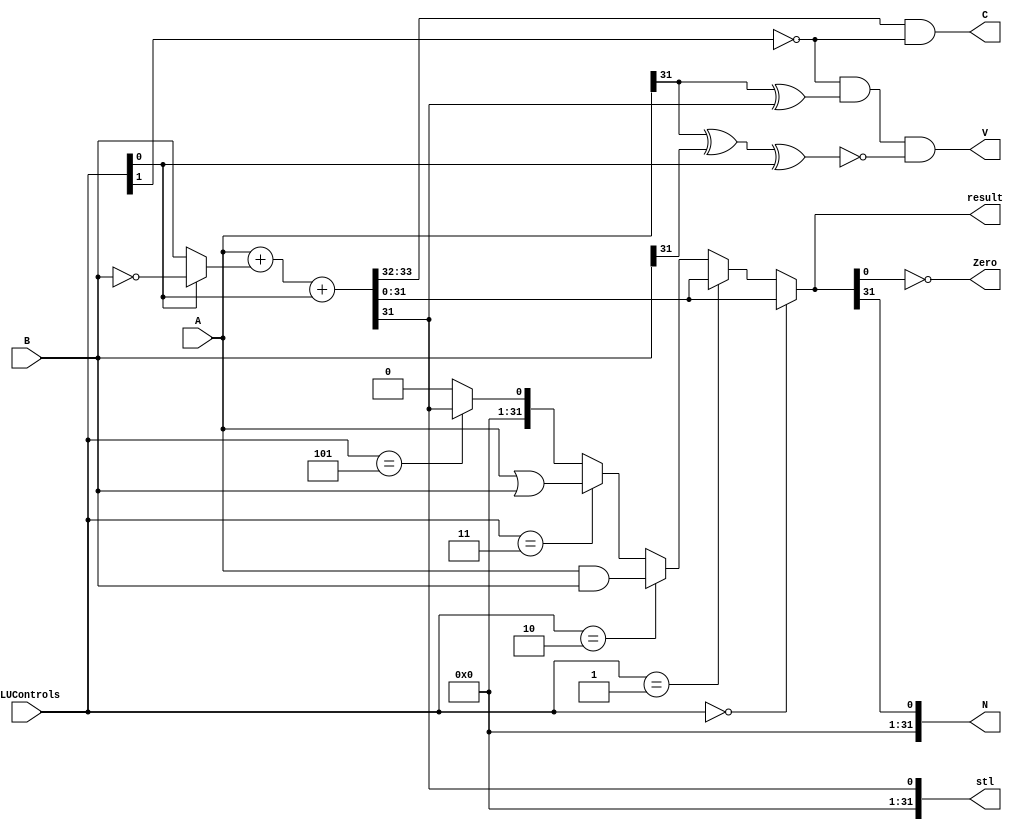
`timescale 1ns / 1ps
//////////////////////////////////////////////////////////////////////////////////
// Company: 
// Engineer: 
// 
// Design Name: 
// Module Name: ALU_8
// Project Name: 
// Target Devices: 
// Tool Versions: 
// Description: 
// 
// Dependencies: 
// 
// Revision:
// Revision 0.01 - File Created
// Additional Comments:
// 
//////////////////////////////////////////////////////////////////////////////////


module ALU_8(A,B,ALUControls,result,Zero,N,C,V,stl);

///32-bit input for ALU////
input [31:0] A,B;
///3-bit opcode to perform 8 different functions in 8-bit  ALU////
input [2:0] ALUControls;
output Zero;
///declaring outputs///
output [31:0] result,  N, C, V, stl;

/// declaring wires////
wire [31:0] a_and_b;
wire [31:0] a_or_b;
wire [31:0] not_b;
wire [31:0] mux_1;
wire [31:0] sum;
wire [31:0] mux_2;
wire [31:0] cout;
/////////Logic Design/////////

////And operation
assign a_and_b = A & B;

///Or operations
assign a_or_b = A | B;

///not operation
assign not_b = ~B;

/// 2*1 mux using ternery operator controlling with opcode//
assign mux_1= (ALUControls[0] == 1'b0) ? B : not_b; 

///  It will peroform addition when ALUControls give 0 and subtraction when it give 1//
/// for subtraction, will use 2's complement by adding 1 in sum and automaticaly , it gives, (A-B)///
/// we'll perform cancatenation here///
///A and B add to give 2-bit sum, if there is 3rd bit of carry , it will assign to cout///
assign {cout,sum}= A + mux_1 + ALUControls[0];

///use 4*1 mux to get result
assign mux_2= (ALUControls[2:0] == 3'b000) ? sum :
              (ALUControls[2:0] == 3'b001) ? sum :
              (ALUControls[2:0] == 3'b010) ? a_and_b :
              (ALUControls[2:0] == 3'b011) ? a_or_b : 
              (ALUControls[2:0] == 3'b101) ? stl : 32'h00000000;


              
//// assign result for mux_2
assign result=mux_2;

///there are 4 flgs in alu for different purpose///
///Zero flag is use to check either result is zero ot not,///
//// it will show value 1 which means it result is zero///
assign Zero = ~(result);


///Negative falg checks wheither result is negative or not ///
///It will check by couting MSB (last bit) if it is 1, this means result is negative///
////In a Signed Number, the MSB (the sign bit) is 0 for a Positive number.///
/// In a Signed Number, the MSB (the sign bit) is 1 for a Negative number.
assign N = result[31];

///cout means carry of A+B(sum) will and with inverse of ALUControls///
assign C = cout & (~ALUControls[1]);

///Overflow flag is set if a result is too large a positive number or
/// too small a negative number (excluding sign-bit) to fit in a register, cleared otherwise.
assign V = (~ALUControls[1]) & (A[31] ^ sum[31]) & (~(A[31] ^ B[31] ^ ALUControls[0]));

///In zero extension, we just take 1 MSB of sum and add 31 bit zero to make it 32 bit///
assign stl = {31'b0000000000000000000000000000000 , sum[31]};

endmodule